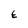
Character: E